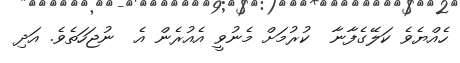
ހެއްޔެވެ ކަލޭގެފާނާ  ކުރުމަށް މެނުވީ އެއުރެން އެ  ނުޖަހަތެވެ. އަދި